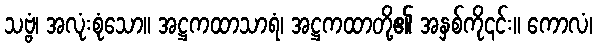
သဗ္ဗံ၊ အလုံးစုံသော။ အဋ္ဌကထာသာရံ၊ အဋ္ဌကထာတို့၏ အနှစ်ကို၎င်း။ ကောလံ၊